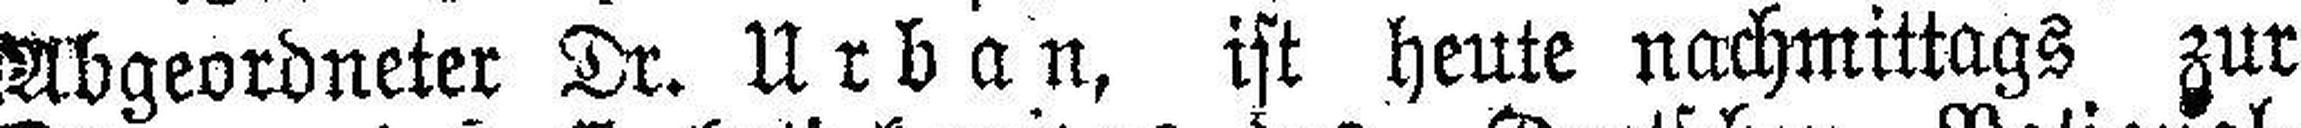
Abgeordneter Dr. Urban, ist heute nachmittags zur